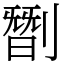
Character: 㔆